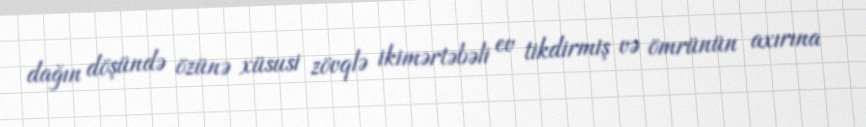
dağın döşündə özünə xüsusi zövqlə ikimərtəbəli ev tikdirmiş və ömrünün axırına